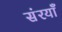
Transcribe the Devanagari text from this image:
संरयाँ